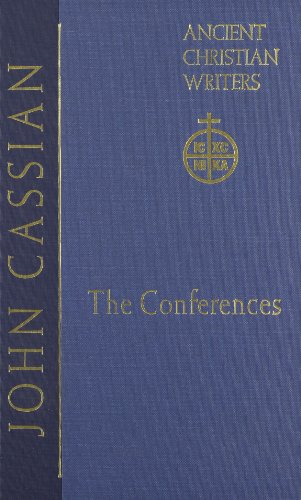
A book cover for John Cassian: The Conferences (Ancient Christian Writers Series, No. 57); Boniface Ramsey; Christian Books & Bibles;